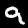
Digit: 9